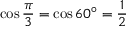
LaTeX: \cos { \frac { \pi } { 3 } } = \cos 6 0 ^ { \circ } = { \frac { 1 } { 2 } }